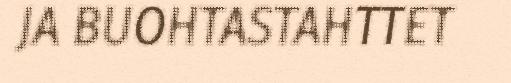
JA BUOHTASTAHTTET